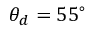
\theta _ { d } = 5 5 ^ { \circ }